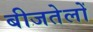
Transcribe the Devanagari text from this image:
बीजतेलों